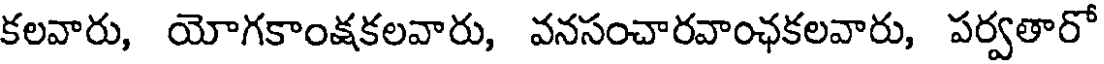
కలవారు, యోగకాంక్షకలవారు, వనసంచారవాంఛకలవారు, పర్వతారో